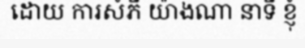
ដោយ ការសំភី យ៉ាងណា នាទី ខ្ញុំ